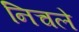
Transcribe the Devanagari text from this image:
निचले